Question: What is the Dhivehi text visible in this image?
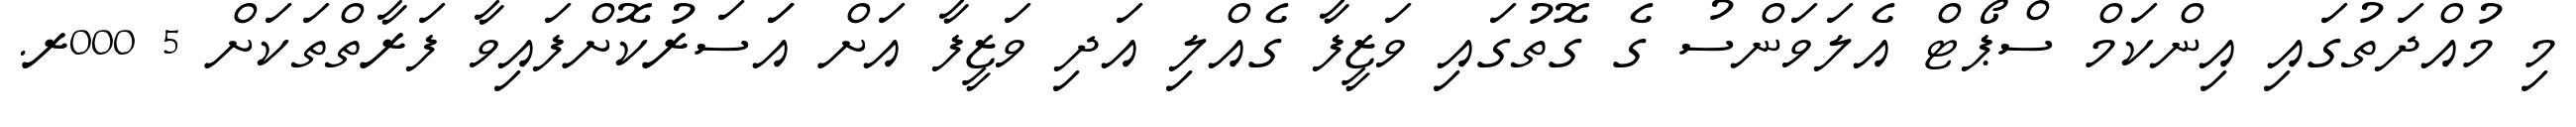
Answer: މި މުއްދަތުގައި އިންކަމް ސްޕޯޓް އެލަވަންސު ގެ ގޮތުގައި ވަޒީފާ ގެއްލި އަދި ވަޒީފާ އަށް އަަސަރުކޮށްފައިވާ ފަރާތްތަކަށް 5 000ރ.